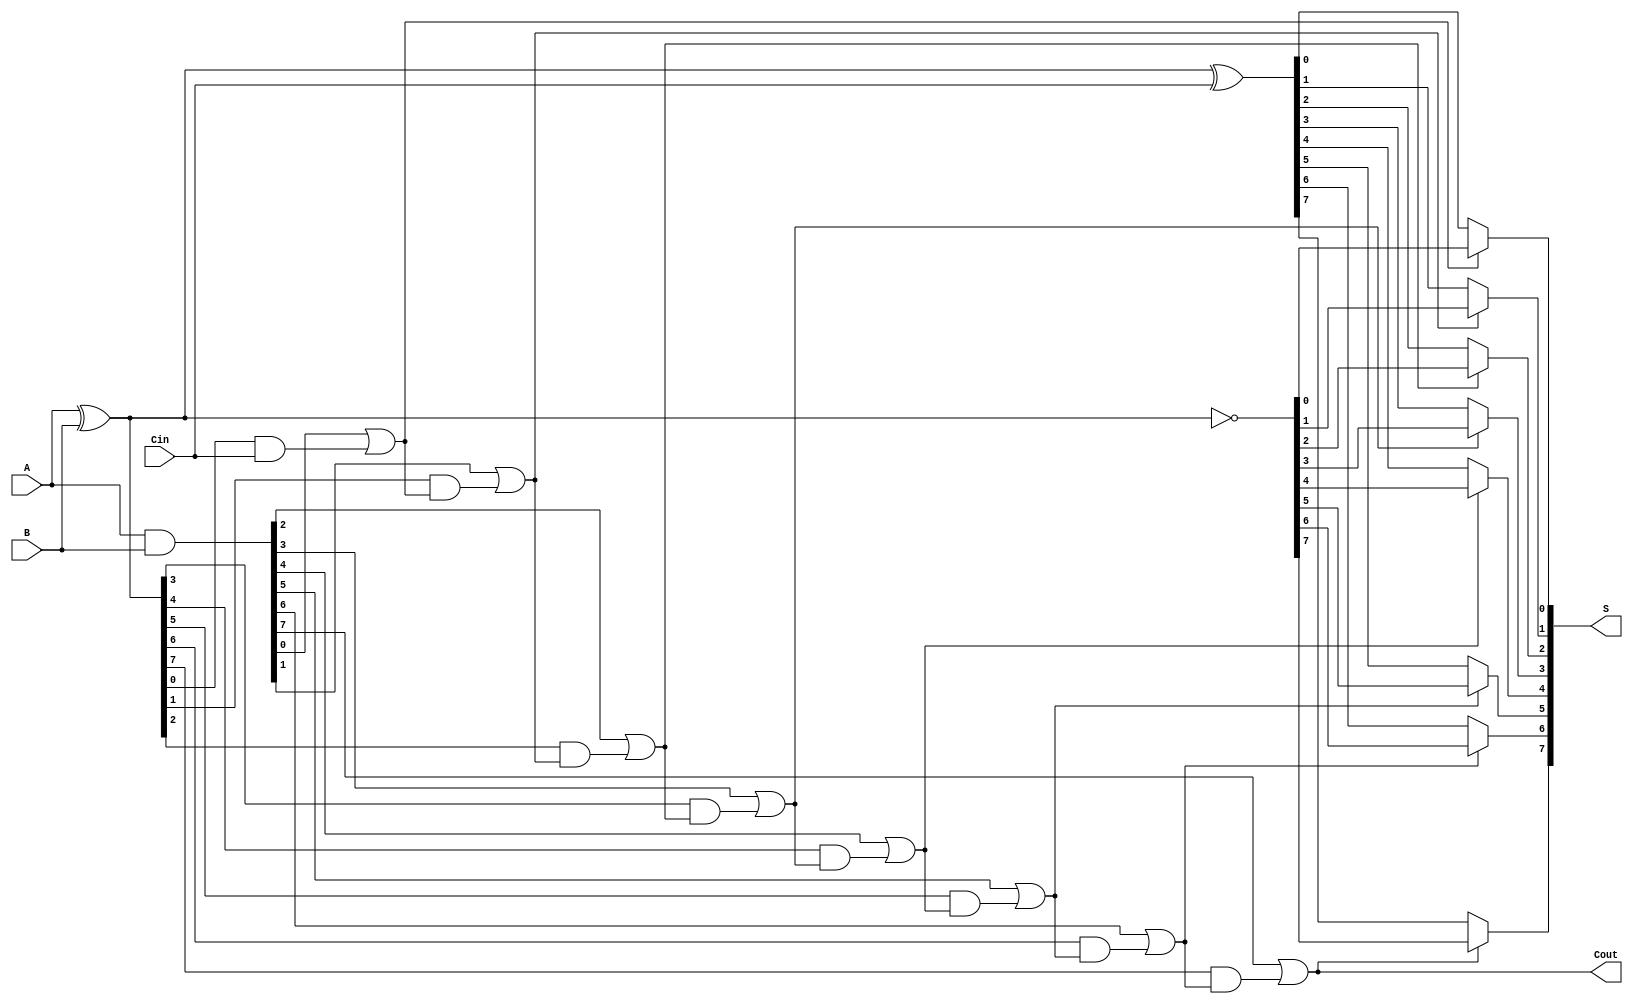
module ConditionalSumAdder #(parameter n = 8) (
    input [n-1:0] A,        // First n-bit input
    input [n-1:0] B,        // Second n-bit input
    input Cin,              // Carry-in input
    output [n-1:0] S,       // n-bit sum output
    output Cout             // Carry-out output
);

    // Generate and Propagate signals
    wire [n-1:0] G; // Generate
    wire [n-1:0] P; // Propagate
    wire [n:0] C;   // Carry signals

    // Carry generation
    assign G = A & B;            // Generate
    assign P = A ^ B;            // Propagate

    // Carry signals
    assign C[0] = Cin;           // Initial carry
    generate
        genvar i;
        for (i = 1; i <= n; i = i + 1) begin: carry_gen
            assign C[i] = G[i-1] | (P[i-1] & C[i-1]); // Carry logic
        end
    endgenerate

    // Sum calculation
    wire [n-1:0] S0; // Sum if carry is 0
    wire [n-1:0] S1; // Sum if carry is 1

    assign S0 = P ^ C[0];           // Sum with carry 0
    assign S1 = ~P;                  // Sum with carry 1

    // Multiplexers to select the appropriate sum based on carry
    generate
        for (i = 0; i < n; i = i + 1) begin: sum_mux
            assign S[i] = (C[i+1] == 1'b0) ? S0[i] : S1[i]; // Select based on carry
        end
    endgenerate

    // Final carry-out
    assign Cout = C[n]; // Final carry out

endmodule